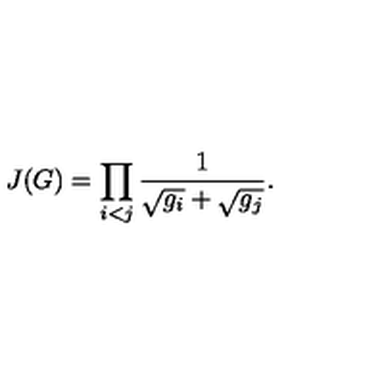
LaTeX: J ( G ) = \prod _ { i < j } \frac { 1 } { \sqrt { \vphantom { g _ { j } } g _ { i } } + \sqrt { g _ { j } } } .